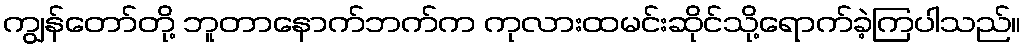
ကျွန်တော်တို့ ဘူတာနောက်ဘက်က ကုလားထမင်းဆိုင်သို့ရောက်ခဲ့ကြပါသည်။